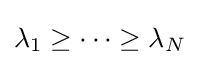
\lambda _{1}\geq \cdots \geq \lambda _{N}